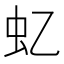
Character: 𧈝